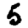
Digit: 5